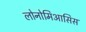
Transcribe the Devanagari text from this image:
लोनोमिआसिस